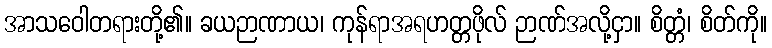
အာသဝေါတရားတို့၏။ ခယဉာဏာယ၊ ကုန်ရာအရဟတ္တဖိုလ် ဉာဏ်အလို့ငှာ။ စိတ္တံ၊ စိတ်ကို။